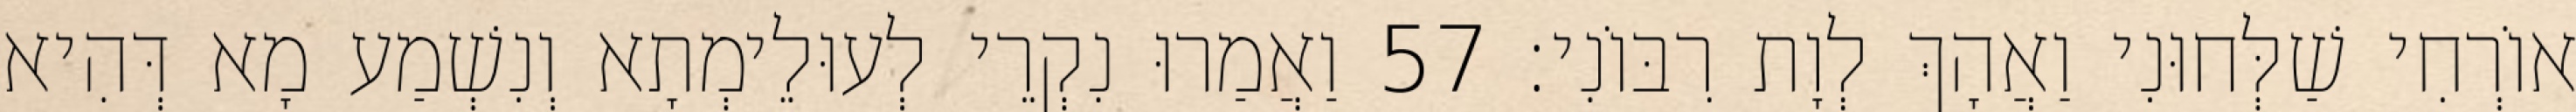
אוֹרְחִי שַׁלְּחוּנִי וַאֲהָךְ לְוָת רִבּוֹנִי׃ 57 וַאֲמַרוּ נִקְרֵי לְעוּלֵימְתָא וְנִשְׁמַע מָא דְּהִיא